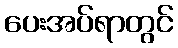
ပေးအပ်ရာတွင်